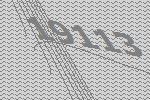
19113